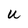
Character: U